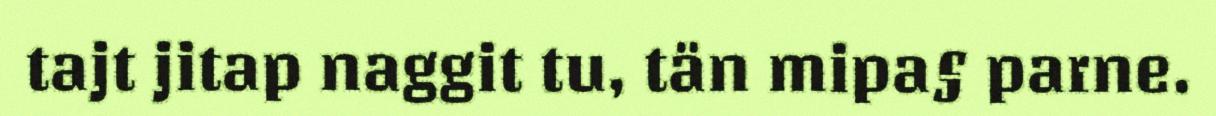
tajt jitap naggit tu, tän mipa§ parne.